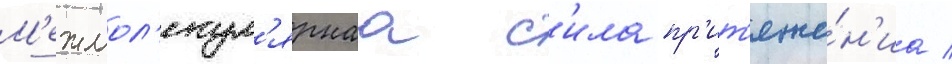
М'ежмол'екул'ярнаа с'ила пр'ит'яже́н'иа /